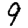
Digit: 9